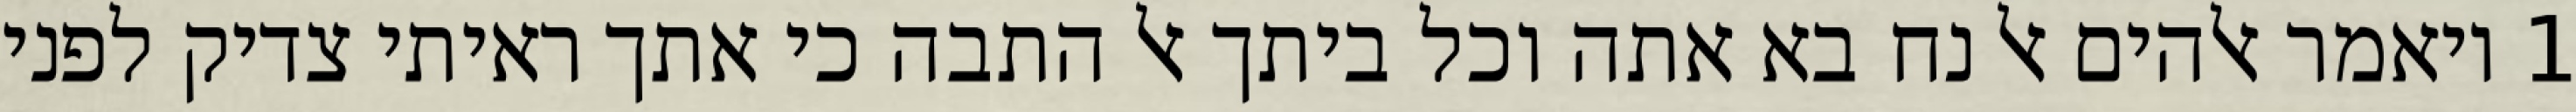
1 ויאמר אלהים אל נח בא אתה וכל ביתך אל התבה כי אתך ראיתי צדיק לפני